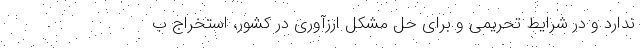
ندارد و در شرایط تحریمی و برای حل مشکل ارزآوری در کشور، استخراج ب